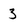
Character: 3